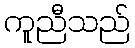
ကူညီသည်